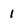
Character: 1